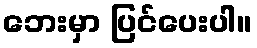
ဘေးမှာ ပြင်ပေးပါ။